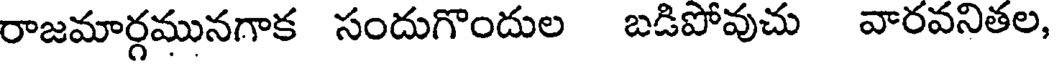
రాజమార్గమునగాక సందుగొందుల బడిపోవుచు వారవనితల